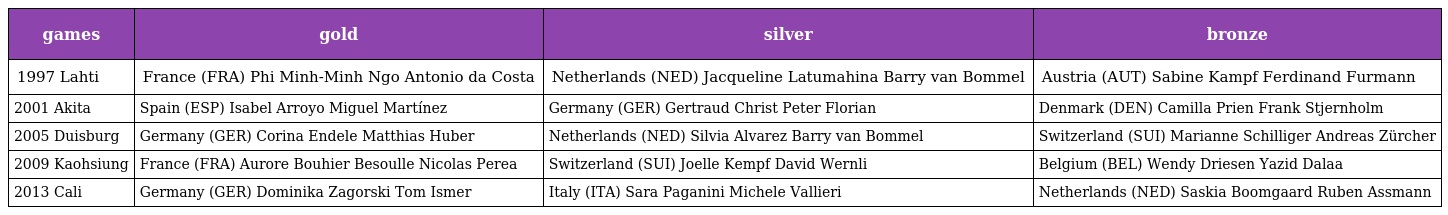
| games | gold | silver | bronze |
 | --- | --- | --- | --- |
 | 1997 Lahti | France (FRA) Phi Minh-Minh Ngo Antonio da Costa | Netherlands (NED) Jacqueline Latumahina Barry van Bommel | Austria (AUT) Sabine Kampf Ferdinand Furmann |
 | 2001 Akita | Spain (ESP) Isabel Arroyo Miguel Martínez | Germany (GER) Gertraud Christ Peter Florian | Denmark (DEN) Camilla Prien Frank Stjernholm |
 | 2005 Duisburg | Germany (GER) Corina Endele Matthias Huber | Netherlands (NED) Silvia Alvarez Barry van Bommel | Switzerland (SUI) Marianne Schilliger Andreas Zürcher |
 | 2009 Kaohsiung | France (FRA) Aurore Bouhier Besoulle Nicolas Perea | Switzerland (SUI) Joelle Kempf David Wernli | Belgium (BEL) Wendy Driesen Yazid Dalaa |
 | 2013 Cali | Germany (GER) Dominika Zagorski Tom Ismer | Italy (ITA) Sara Paganini Michele Vallieri | Netherlands (NED) Saskia Boomgaard Ruben Assmann |